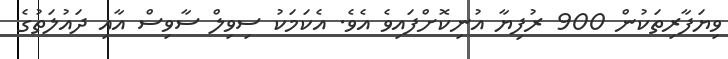
ވިޔަފާރިތަކުން 900 ރުފިޔާ އުނިކޮށްފައިވެ އެވެ. އެކަމަކު ސިިވިލް ސާވިސް އާއި ދައުލަތުގެ